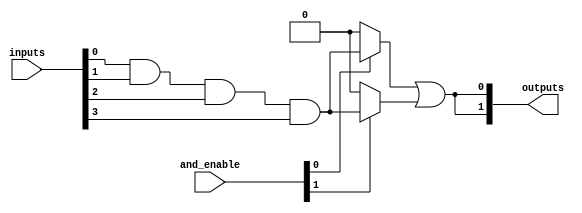
module PAL #(parameter n = 4, // Number of inputs
             parameter m = 2, // Number of outputs
             parameter p = 4  // Number of AND gates
            ) (
    input  wire [n-1:0] inputs, // Input vector
    input  wire [p-1:0] and_enable, // Control signals to enable AND gates
    output wire [m-1:0] outputs // Output vector
);

// Internal wires for AND gate outputs
wire [p-1:0] and_outputs;

// Programmable AND array
genvar i, j;
generate
    for (i = 0; i < p; i = i + 1) begin : and_array
        // Each AND gate can be programmed to connect to specific inputs
        assign and_outputs[i] = and_enable[i] ? (inputs[0] & inputs[1] & inputs[2] & inputs[3]) : 1'b0; // Example logic
    end
endgenerate

// Fixed OR array
generate
    for (j = 0; j < m; j = j + 1) begin : or_array
        // Each OR gate combines outputs from the AND gates
        assign outputs[j] = and_outputs[0] | and_outputs[1]; // Example logic for output j
    end
endgenerate

endmodule